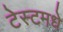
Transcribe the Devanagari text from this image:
टेस्टमधे